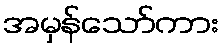
အမှန်သော်ကား